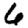
Digit: 6